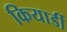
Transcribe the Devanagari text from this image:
कियार्डी